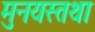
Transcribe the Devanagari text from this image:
मुनयस्तथा